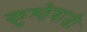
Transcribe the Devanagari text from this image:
कुश्तेबाजी